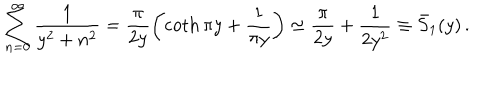
LaTeX: \sum _ { n = 0 } ^ { \infty } \frac { 1 } { y ^ { 2 } + n ^ { 2 } } = \frac { \pi } { 2 y } \left( \coth \pi y + \frac { 1 } { \pi y } \right) \simeq \frac { \pi } { 2 y } + \frac { 1 } { 2 y ^ { 2 } } \equiv \bar { S } _ { 1 } ( y ) \, { . }